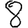
Digit: 8